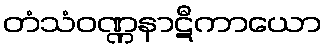
တံသံဝဏ္ဏနာဋီကာယော